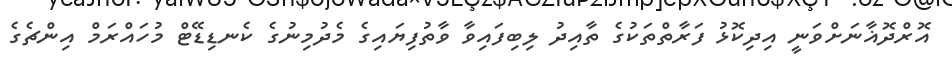
އޮރްދޮޣާނަށްވަނީ އިދިކޮޅު ފަރާތްތަކުގެ ތާއިދު ލިބިފައިވާ ވާތުފިޔައިގެ މެދުމިނުގެ ކެނޑިޑޭޓް މުހައްރަމް އިންޗެގެ